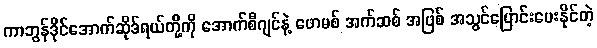
ကာဘွန်ဒိုင်အောက်ဆိုဒ်ရယ်တို့ကို အောက်စီဂျင်နဲ့ ဖောမစ် အက်ဆစ် အဖြစ် အသွင်ပြောင်းပေးနိုင်တဲ့